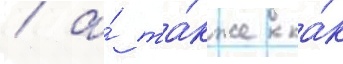
/ а́ та́кже ка́к